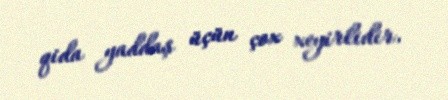
qida yaddaş üçün çox xeyirlidir.